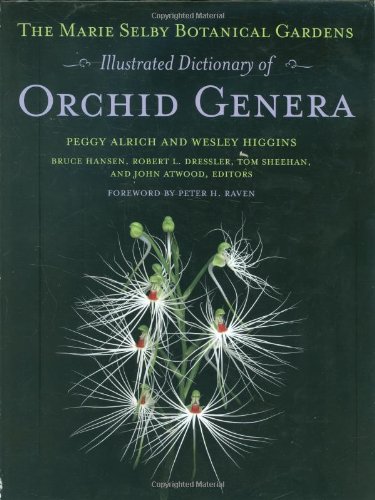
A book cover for The Marie Selby Botanical Gardens Illustrated Dictionary of Orchid Genera (Comstock Book); Peggy Alrich; Science & Math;